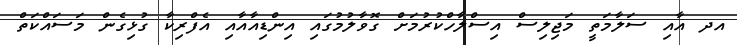
އދ އާއި ސަލާމަތީ މަޖިލިސް އިސްލާހްކުރުމަށް ގޮވާލުމުގައި އިންޑިއާއާއި އެފްރިކާ ގުޅިގެން މަސައްކަތް